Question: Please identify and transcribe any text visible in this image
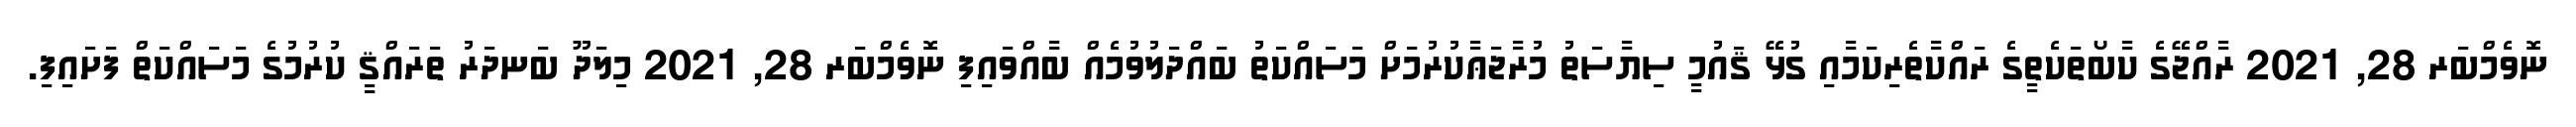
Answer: ނޮވެމްބަރ 28, 2021 ރާއްޖޭގެ ކާބޯތަކެތީގެ ރައްކާތެރިކަމާއި ގުޅޭ ޤައުމީ ސިޔާސަތު މުރާޖަޢާކުރުމަށް މަސައްކަތު ބައްދަލުވުމެއް ބާއްވައިފި ނޮވެމްބަރ 28, 2021 މިލަދޫ ބަނދަރު ތަރައްޤީ ކުރުމުގެ މަސައްކަތް ފަށައިފި.